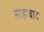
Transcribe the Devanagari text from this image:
साहाबाद